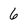
Character: 6